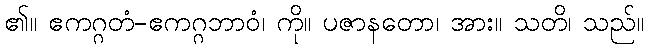
၏။ ဧကဂ္ဂတံ-ဧကဂ္ဂဘာဝံ၊ ကို။ ပဇာနတော၊ အား။ သတိ၊ သည်။